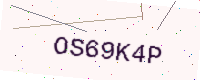
Text: OS69K4P